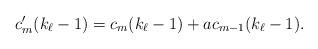
LaTeX: \begin{align*} c'_m(k_{\ell}-1) = c_m(k_{\ell}-1) + a c_{m-1}(k_{\ell}-1).\end{align*}